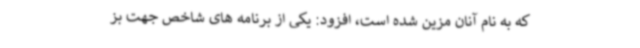
که به نام آنان مزین شده است، افزود: یکی از برنامه های شاخص جهت بز